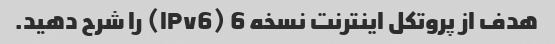
هدف از پروتکل اینترنت نسخه 6 (IPv6) را شرح دهید.